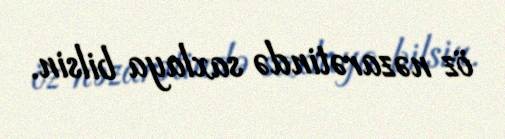
öz nəzarətində saxlaya bilsin.